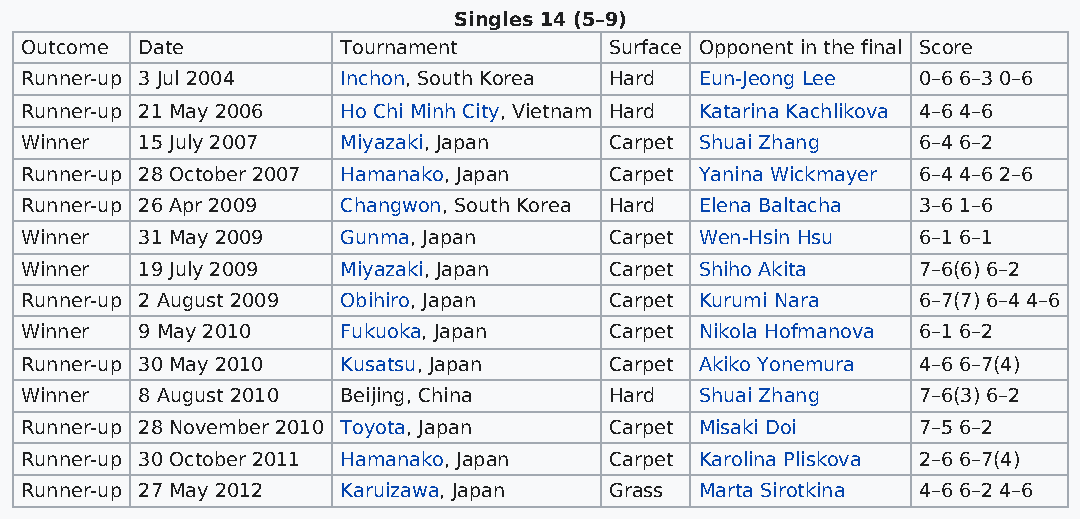
Singles 14 (5–9)
 Outcome Date          Tournament       Surface Opponent in the final Score
 Runner-up 3 Jul 2004  Inchon, South Korea Hard Eun-Jeong Lee 0–6 6–3 0–6
 Runner-up 21 May 2006 Ho Chi Minh City, Vietnam Hard Katarina Kachlikova 4–6 4–6
 Winner  15 July 2007  Miyazaki, Japan  Carpet Shuai Zhang   6–4 6–2
 Runner-up 28 October 2007 Hamanako, Japan Carpet Yanina Wickmayer 6–4 4–6 2–6
 Runner-up 26 Apr 2009 Changwon, South Korea Hard Elena Baltacha 3–6 1–6
 Winner  31 May 2009   Gunma, Japan     Carpet Wen-Hsin Hsu  6–1 6–1
 Winner  19 July 2009  Miyazaki, Japan  Carpet Shiho Akita   7–6(6) 6–2
 Runner-up 2 August 2009 Obihiro, Japan Carpet Kurumi Nara   6–7(7) 6–4 4–6
 Winner  9 May 2010    Fukuoka, Japan   Carpet Nikola Hofmanova 6–1 6–2
 Runner-up 30 May 2010 Kusatsu, Japan   Carpet Akiko Yonemura 4–6 6–7(4)
 Winner  8 August 2010 Beijing, China   Hard  Shuai Zhang    7–6(3) 6–2
 Runner-up 28 November 2010 Toyota, Japan Carpet Misaki Doi  7–5 6–2
 Runner-up 30 October 2011 Hamanako, Japan Carpet Karolina Pliskova 2–6 6–7(4)
 Runner-up 27 May 2012 Karuizawa, Japan Grass Marta Sirotkina 4–6 6–2 4–6